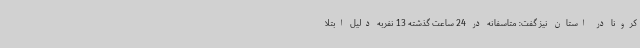
کرونا در استان نیز گفت: متاسفانه در 24 ساعت گذشته 13 نفربه دلیل ابتلا